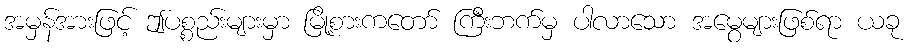
အမှန်အားဖြင့် ဤပစ္စည်းများမှာ မြို့စားကတော် ကြီးဘက်မှ ပါလာသော အမွေများဖြစ်ရာ ယခု